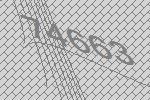
74663